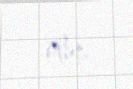
olur.